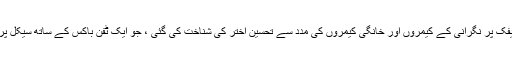
دلسکھ نگر میں ٹریفک پر نگرانی کے کیمروں اور خانگی کیمروں کی مدد سے تحسین اختر کی شناخت کی گئی ، جو ایک ٹفن باکس کے ساتھ سیکل پر بس اسٹانڈ آیا تھا ۔